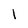
Character: l